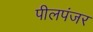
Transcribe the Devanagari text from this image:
पीलपंजर